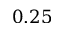
0 . 2 5